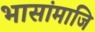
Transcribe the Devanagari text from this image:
भासांमाजि